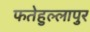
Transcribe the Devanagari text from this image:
फतेहुल्लापुर